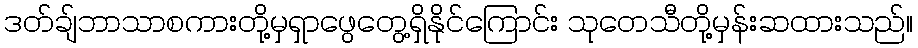
ဒတ်ချ်ဘာသာစကားတို့မှရှာဖွေတွေ့ရှိနိုင်ကြောင်း သုတေသီတို့မှန်းဆထားသည်။